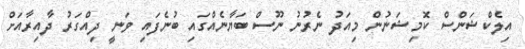
އިލެކްޝަންސް ކޮމިޝަނުން މިއަދު ނެރުނު ނޫސް ބަޔާނެއްގައި ބުނެފައި ވަނީ ދިއްގަރު ދާއިރާއަށް